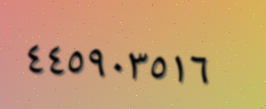
٤٤٥٩٠٣٥١٦